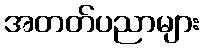
အတတ်ပညာများ